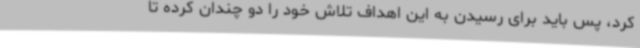
کرد، پس باید برای رسیدن به این اهداف تلاش خود را دو چندان کرده تا